Annual report of the Prince of Wales Medical College, Patna
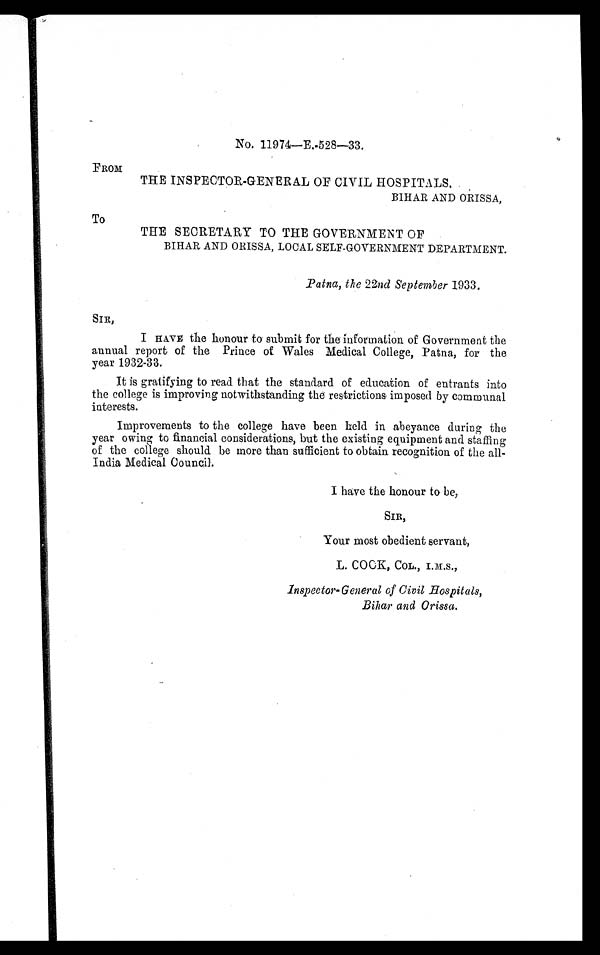
No. 11974—E.-528—33.
FROM
THE INSPECTOR-GENERAL OF CIVIL HOSPITALS.
BIHAR AND ORISSA,
To
THE SECRETARY TO THE GOVERNMENT OF
BIHAR AND ORISSA, LOCAL SELF-GOVERNMENT DEPARTMENT.
Patna, the 22nd September 1933.
SIR,
I HAVE the honour to submit for the information of Government the
annual report of the Prince of Wales Medical College, Patna, for the
year 1932-33.
It is gratifying to read that the standard of education of entrants into
the college is improving notwithstanding the restrictions imposed by communal
interests.
Improvements to the college have been held in abeyance during the
year owing to financial considerations, but the existing equipment and staffing
of the college should be more than sufficient to obtain recognition of the all-
India Medical Council.
I have the honour to be,
SIR,
Your most obedient servant,
L. COOK, COL., I.M.S.,
inspector-General of Civil Hospitals,
Bihar and Orissa.